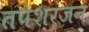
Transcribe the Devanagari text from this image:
तपेशरंजन